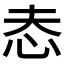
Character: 𢗤